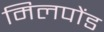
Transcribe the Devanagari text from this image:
मिलपोंड